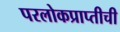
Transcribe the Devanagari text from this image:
परलोकप्राप्तीची